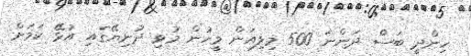
ހިންދީ ބަސް ދަންނަ 500 މިލިއަން މީހުން މުޅި ދުނިޔޭގައި އުޅޭ ކަމަށް